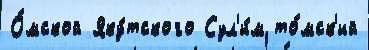
О́мской Яку́тского Сул'и́м то́мск'ий